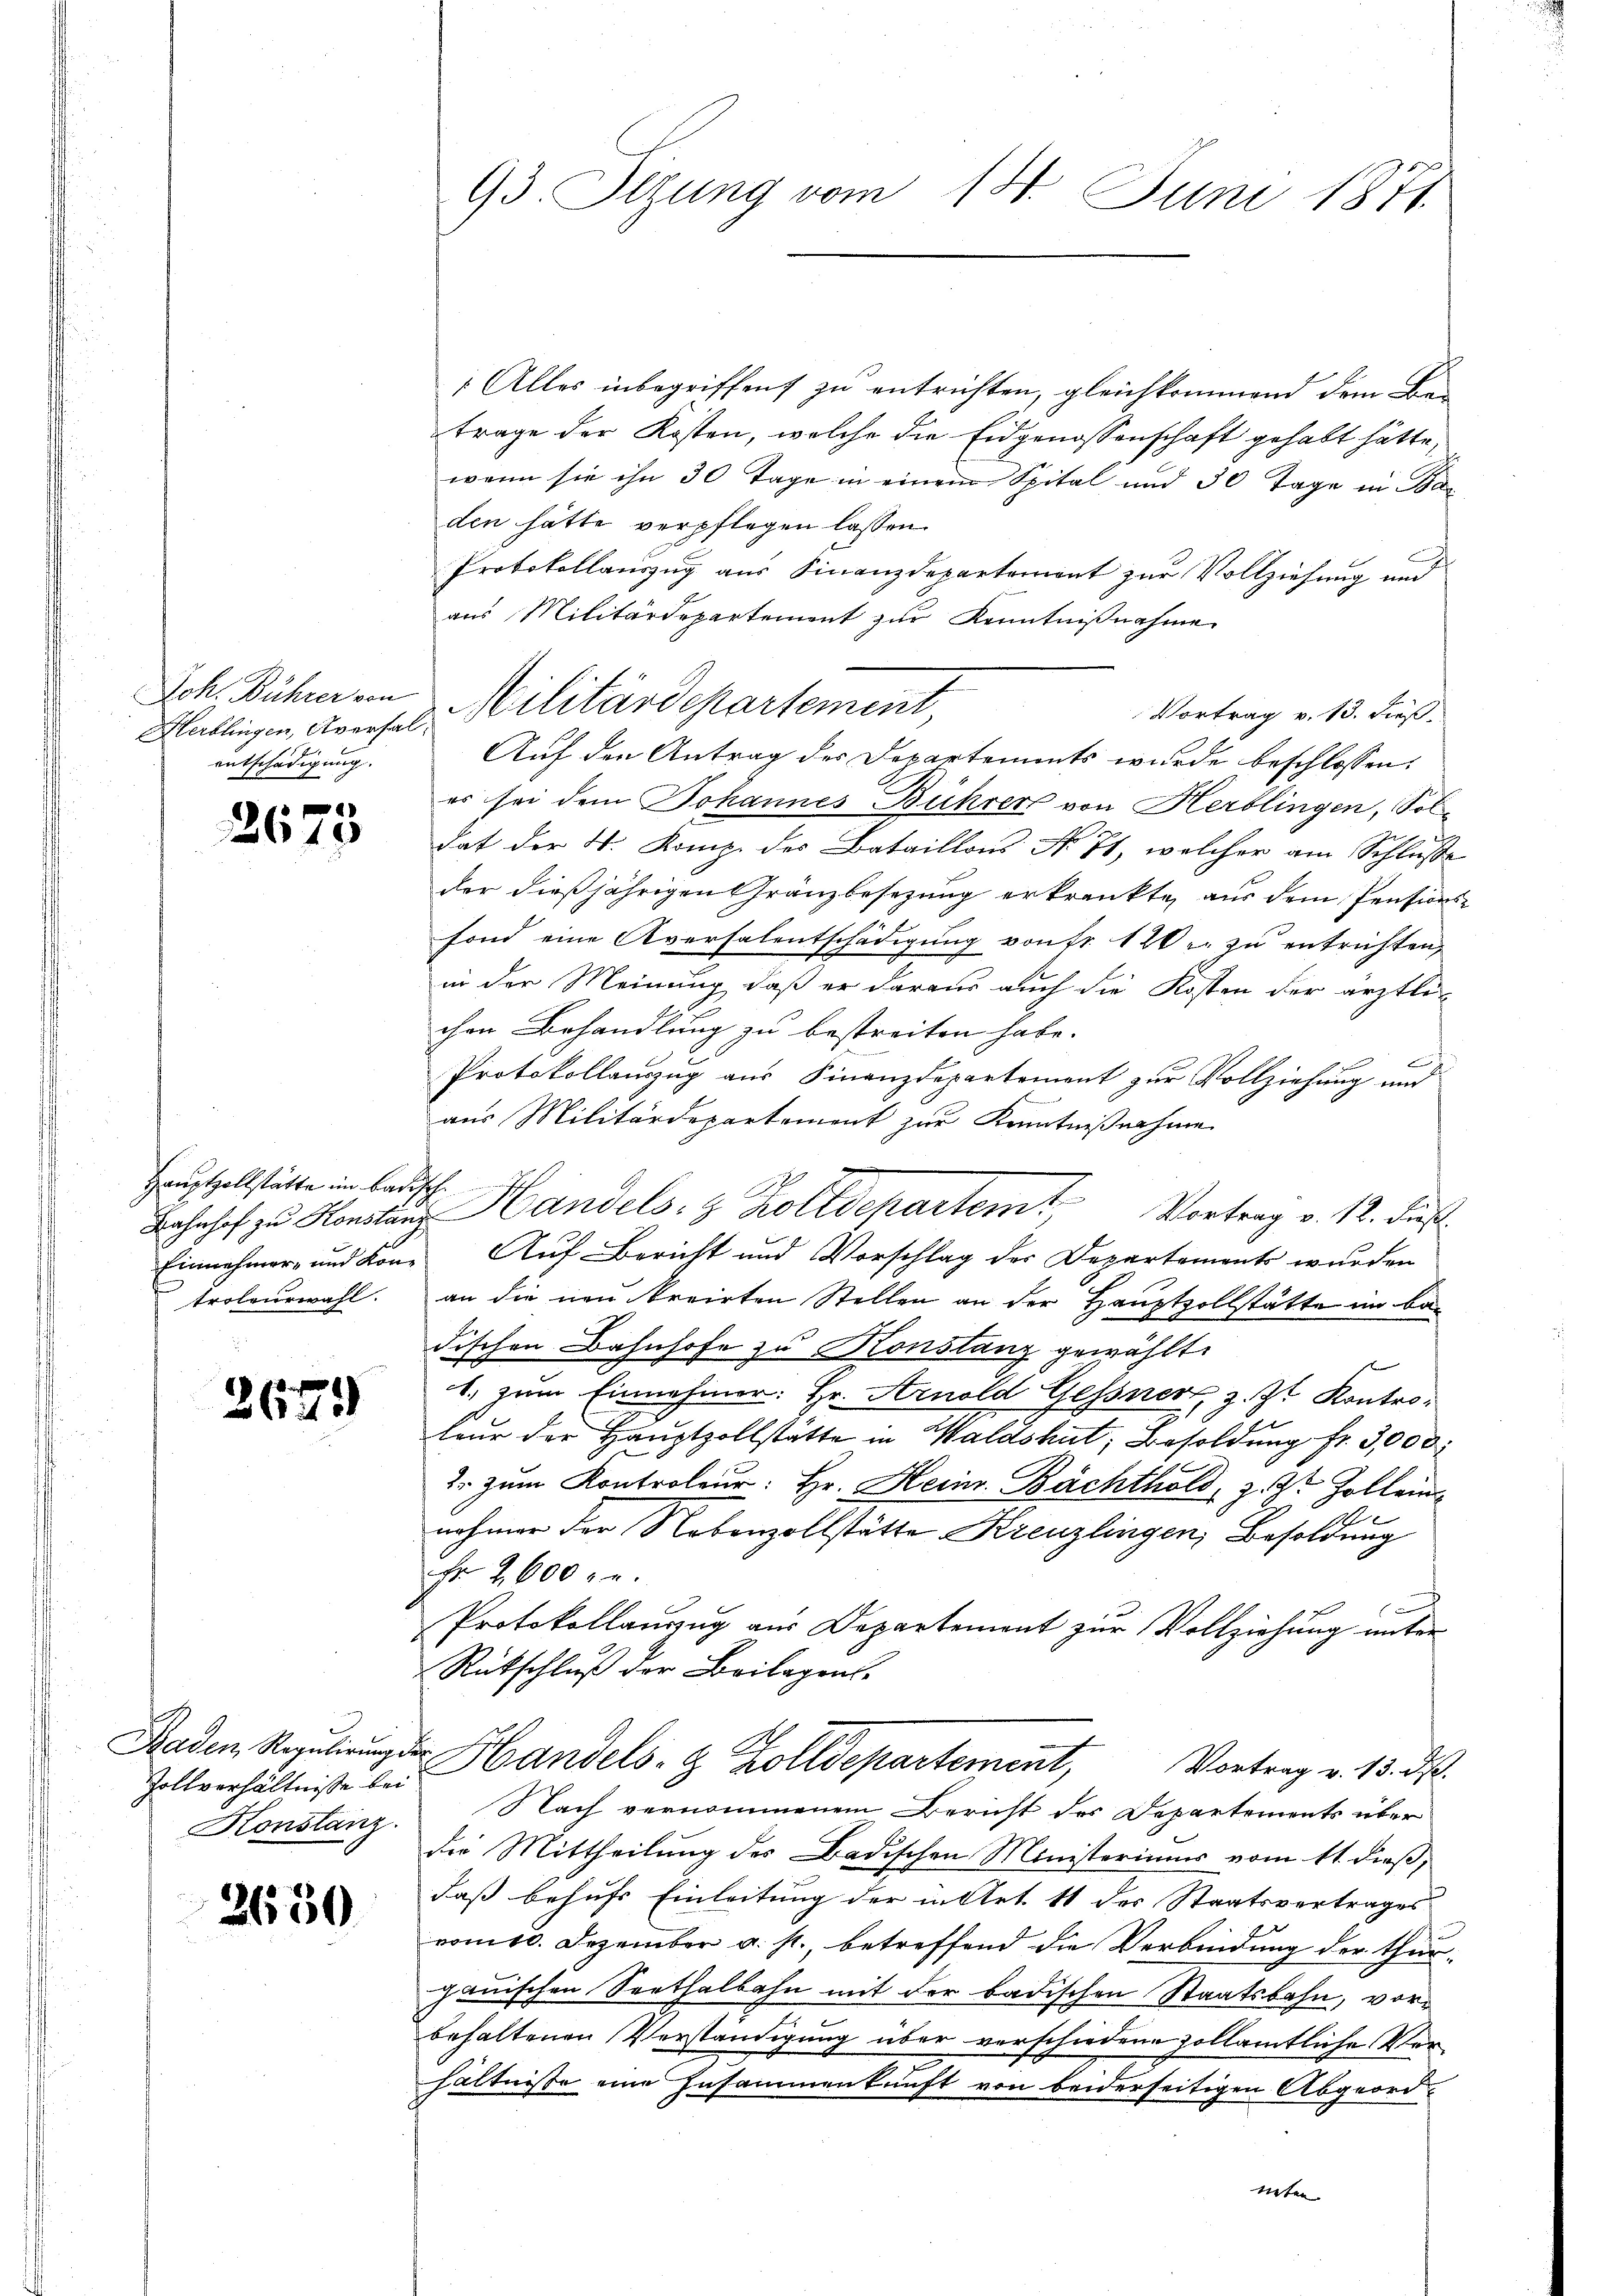
Patt. Vaterinn
Herblingen, Averfal
entschädigung.

e

2610

Hauptzollstätte im Badisch
Einnehmer, und Kantroleurwahl.

2671)

Baden Regulirungs
Zollverhältnisse bei
Konstanz.

2650

93. Sizung vom 14. Juni 1871.

1 Alles inbegriffend zu entrichten, gleichkommend dem Betrage der Kosten, welche die Eidgenossenschaft gehabt hätte,
wenn sie ihn 30 Tage in einem Spital und 30 Tage in Bar
den hätte verpflegen lassen.
Protokollauszug aus Finanzdepartement zur Vollziehung und
aus Militärdepartement zur Kenntnißnahme
Vortrag v. 13. dieß.
Auf den Antrag des Departements wurde beschlossen:
es sei dem Johannes Bührer von Herblingen, Soldat der 4. Komp. des Bataillons No 71, welcher am Schluße
der dießjährigen Gränzbesezung erkrankte, aus dem Pensionsfond eine Aversalentschädigung von Fr. 120 er zu entrichten,
in der Meinung, daß er daraus auch die Kosten der ärztlichen Behandlung zu bestreiten habe.
.
Protokollauszug aus Finanzdepartement zur Vollziehung und
aus Militärdepartement zur Kenntnißnahme
Bahnhof zu Horstanz Handels- & Zolldepartem Vortrag v. 12. dieß
Auf Bericht und Vorschlag der Departements wurden
an die neu kreirten Stellen an der Hauptzollstätte im be
dischen Bahnhofe zu Konstanz gewählt.
t. zum Einnehmer: Hr. Arnold Gessner, z. Zt. Kontroleur der Hauptzollstätte in Waldshut, Besoldung fr. 3,000
2. zum Kontroleur: Hr. Heinr. Bachthold, z. Z. Zollein
.
nehmer der Nebenzollstätte Kreuzlingen, Besoldung
Fr. 2600 ge
Protokollauszug aus Departement zur Vollziehung unter
Rückschluß der Beilagens-
Handels- & Zolldepartement,
Vortrag v. 13. ds.
Nach vernommenem Bericht des Departements über
die Mittheilung des Badischen Ministeriums vom 11. dieß,
daß behufs Einleitung der in Art. 11 des Staatsvertrages
vom 10. Dezember a. s. betreffend die Verbindung der thurgauischen Sorthalbahn mit der badischen Staatsbahn, vorbehaltenen Verständigung über verschiedene zollamtliche Verhältnisse eine Zusammenkunft von beiderseitigen Abgeord-
neten.

Militärdepartement,